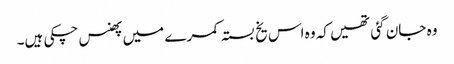
وہ جان گئی تھیں کہ وہ اس یخ بستہ کمرے میں پھنس چکی ہیں۔